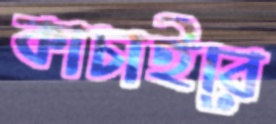
কাচাইবে